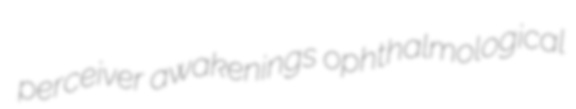
perceiver awakenings ophthalmological